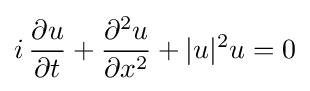
i\,{\frac {\partial u}{\partial t}}+{\frac {\partial ^{2}u}{\partial x^{2}}}+|u|^{2}u=0